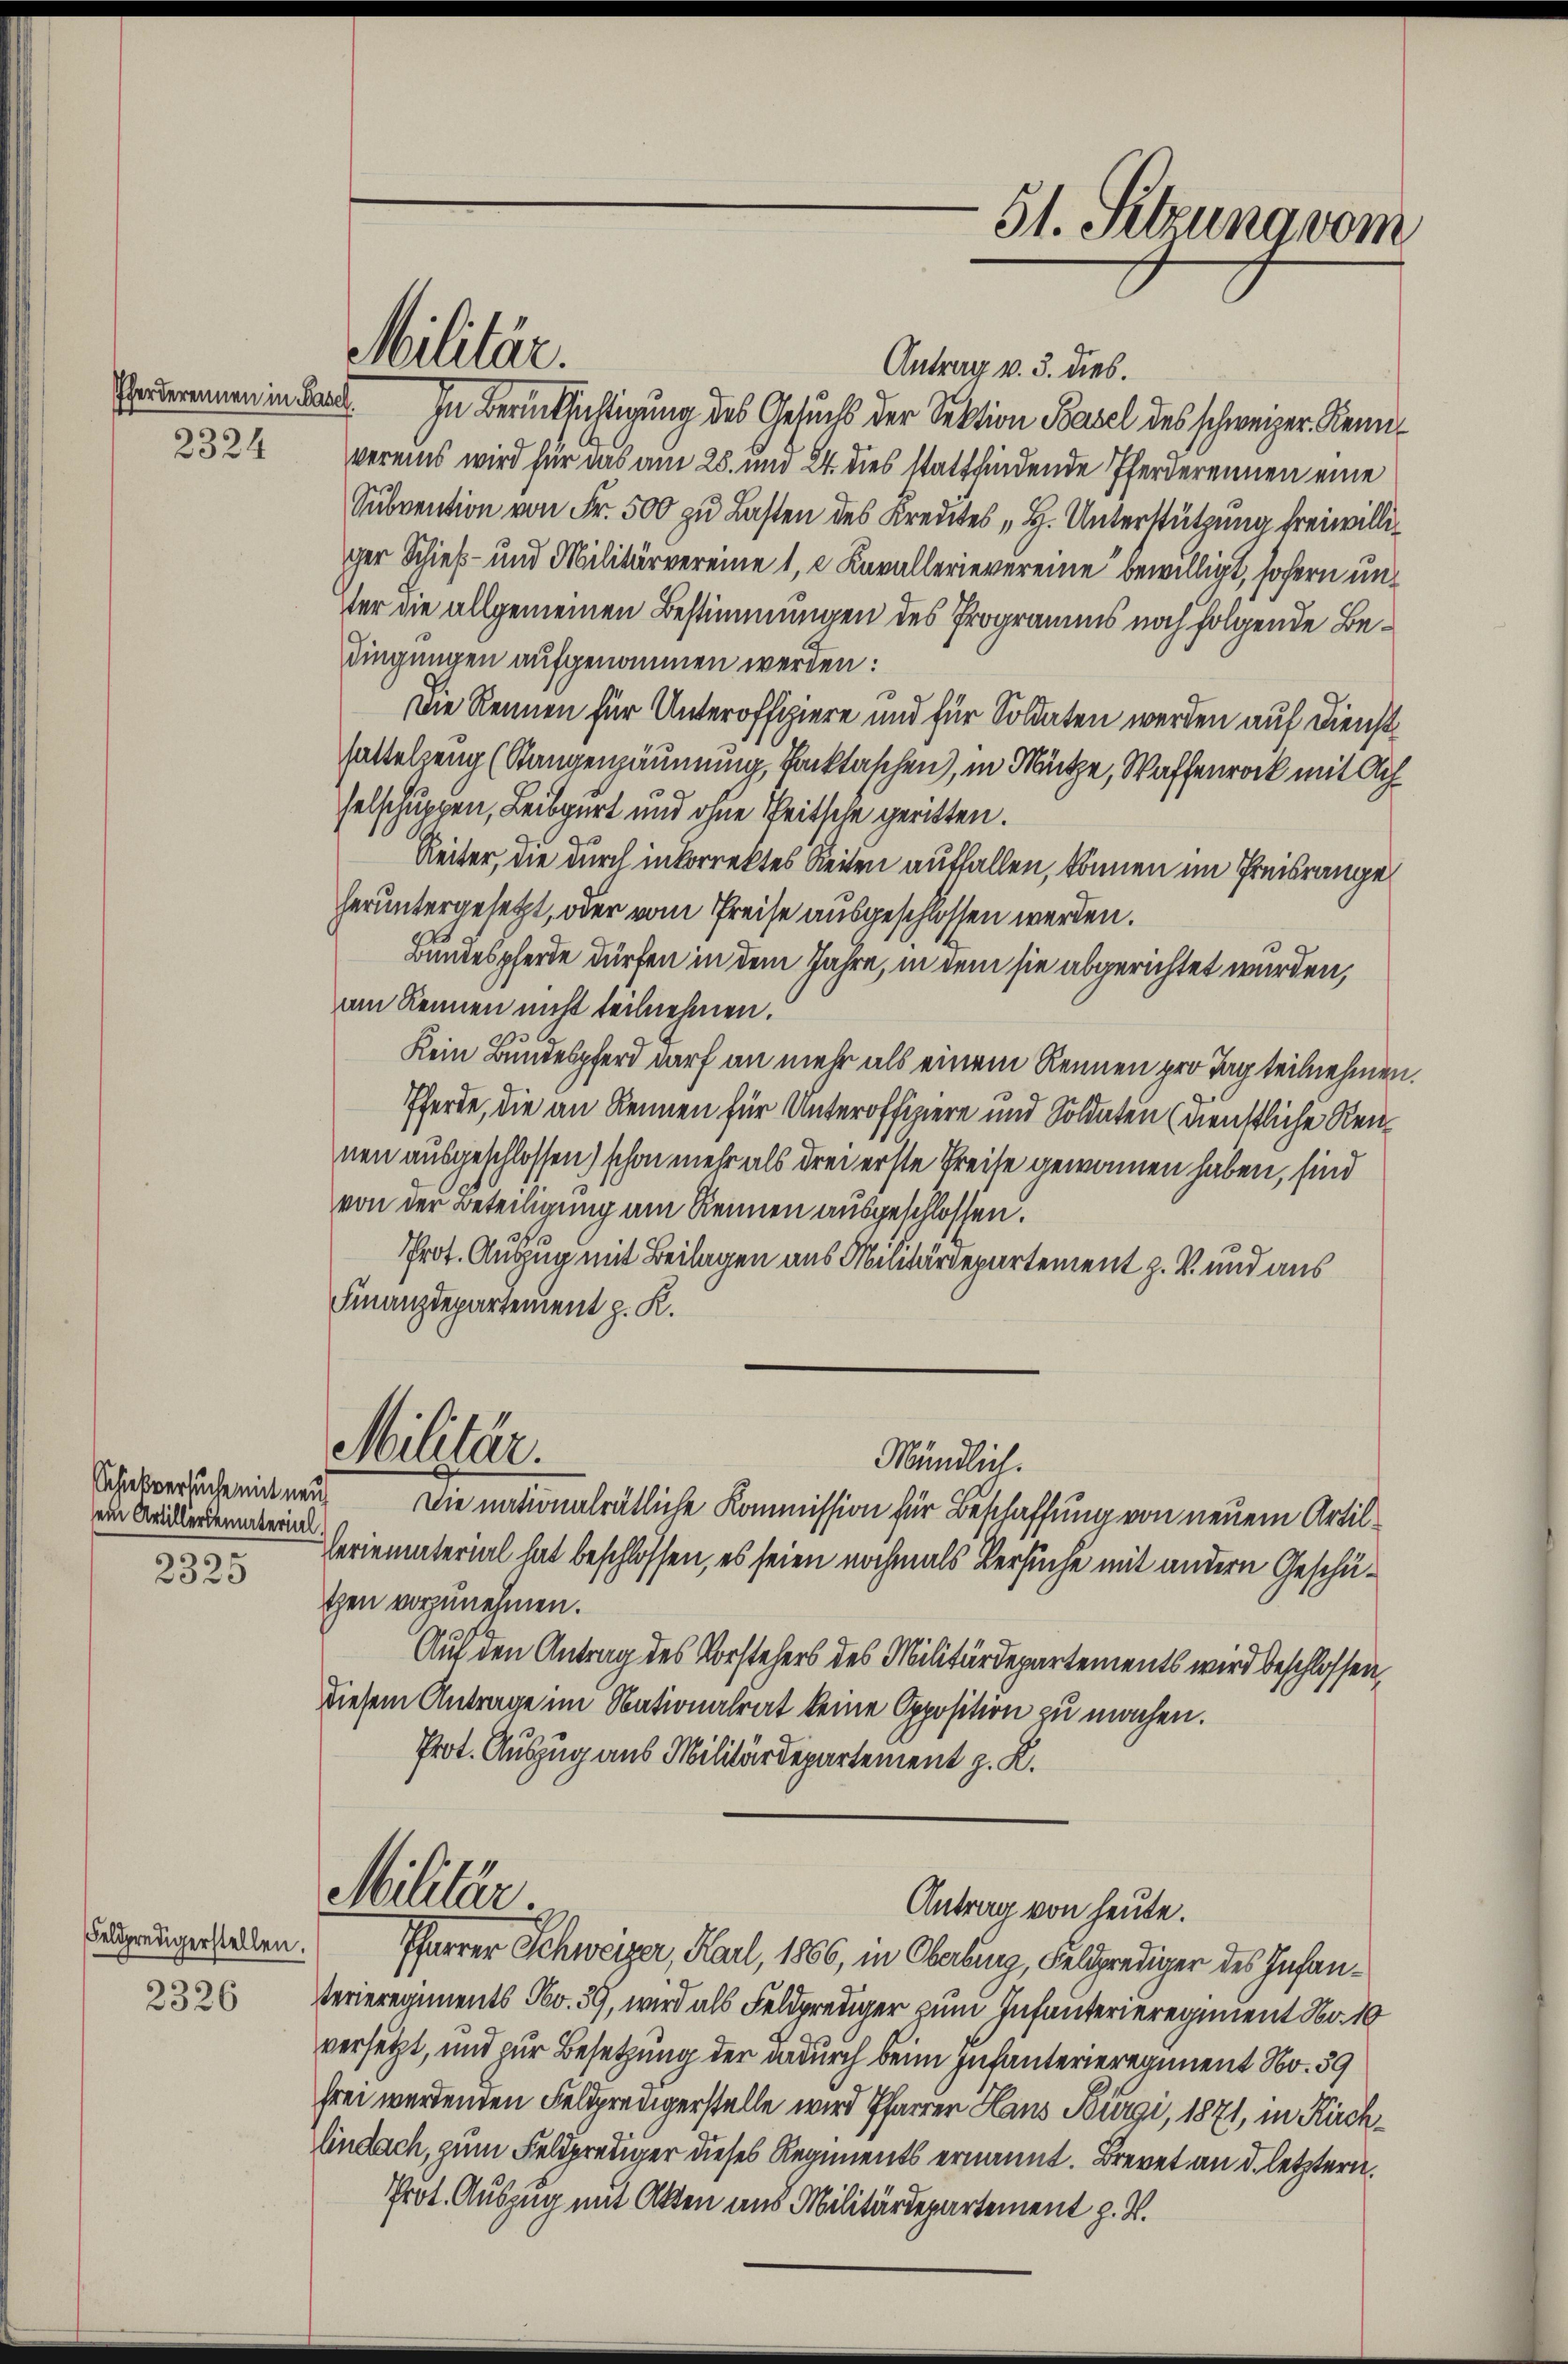
2324

Schießversuche mit neu
sein Artillersematerial.
2325

Feldpredigerstellen.

Antrag v. 3. dies.
Garderennen in Band. In Berücksichtigung des Gesuchs der Sektion Basel des schweizer Kennvereins wird für das am 25. und 24. dies stattfindende Pferderennen eine
Subvention von Fr. 500 zu Lasten des Kredites „H. Unterstützung freiwilliger Schieß- und Militärvereine 1, 2 Kavallerievereine bewilligt, sofern unter die allgemeinen Bestimmungen des Programms noch folgende Bedingungen aufgenommen werden:
Die Rennen für Unteroffiere und für Soldaten werden auf Dienst
hattelzeug (Rangensäumung, Packtaschen, in Mütze, Waffenrock mit Achselschuppen, Leibgurt und ohne Seitsche geritten.
Reiter, die durch inkorrektes Reiten auffallen, können im Preisrange
heruntergesetzt, oder vom Preise ausgeschlossen werden.
Bundespferde dürfen in dem Jahre, in dem sie abgerichtet werden,
am Rennen nicht teilnehmen.
Kein Bundespferd darf an mehr als einem Rennen pro Tag teilnehmen.
Pferde, die an Rennen für Unteroffiziere und Soldaten (dienstliche Rennen ausgeschlossen) schon mehr als drei erste Preise gewonnen haben, sind
von der Beteiligung am Rennen ausgeschlossen.
Prot. Auszug mit Beilagen aus Militärdepartement z. B. und aus
Finanzdepartement z. K.
Militär.
Mändlich.
Die nationalrätliche Kommission für Beschaffung von neuem Artil¬
Feriematerial hat beschlossen, es seien nochmals Versuche mit andern Geschäthen vorzunehmen.
Auf den Antrag des Vorstehers des Militärdepartements wird beschlossen,
diesem Antrage im Nationalrat keine Opposition zu machen.
Prot. Auszug aus Militärdepartement z. B.

Militär.

Militär
Antrag von heute.

Pfarrer Schweizer, Karl, 1866, in Oberburg, Feldprediger des Infan¬
232 Perieregiments No. 39, wird als Feldprediger zum Infanterieregiment Nr. 10
versetzt, und zur Besetzung der dadurch beim Infanterieregiment No. 39
frei werdenden Feldpredigerstelle wird Pfarrer Haus Bürgi, 1871, in Kirchlindach, zum Feldprediger dieses Regiments ernannt. Brevet an d. letztern.
Prot. Auszug mit Akten aus Militärdepartement z. R.

51. Setzung vom